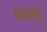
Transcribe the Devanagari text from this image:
बस्तीमुळे